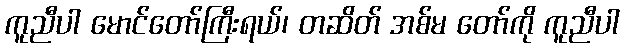
ကူညီပါ မောင်တော်ကြီးရယ်၊ တဆိတ် အစ်မ တော်ကို ကူညီပါ